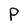
Character: p